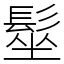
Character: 髽